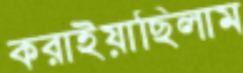
করাইয়াছিলাম